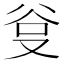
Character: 𭆮